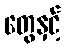
တွေနှင့်